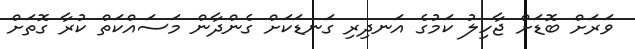
ވަރަށް ބޮޑަށް ޖާހިލު ކަމުގެ އަނދިރި ގަނޑަކަށް ގެންދާން މަސައްކަތް ކުރާ ގޮތަށް